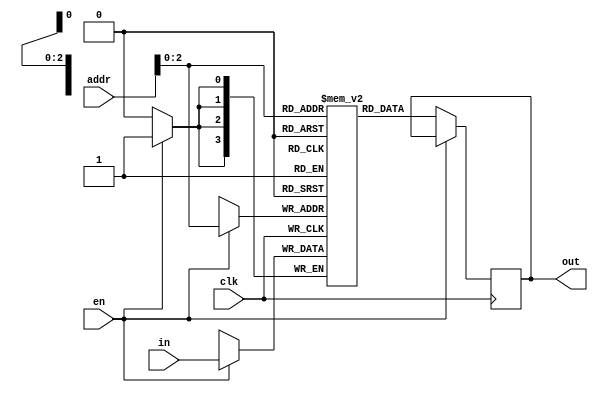
module ram_4bit (clk, en, addr, in, out);
	input clk, en;
	input [3:0] addr;
	input [3:0] in;
	output reg [3:0] out;
	
	reg [3:0] data [7:0];
	
	always @(negedge clk) begin
		if (en)
			data[addr] <= in;
		else
			out = data[addr]; // Read
	end
endmodule